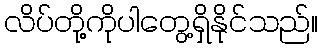
လိပ်တို့ကိုပါတွေ့ရှိနိုင်သည်။